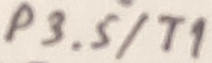
Text: P3.5/T1